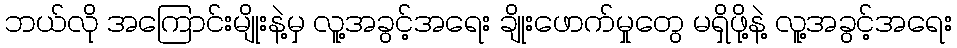
ဘယ်လို အကြောင်းမျိုးနဲ့မှ လူ့အခွင့်အရေး ချိုးဖောက်မှုတွေ မရှိဖို့နဲ့ လူ့အခွင့်အရေး